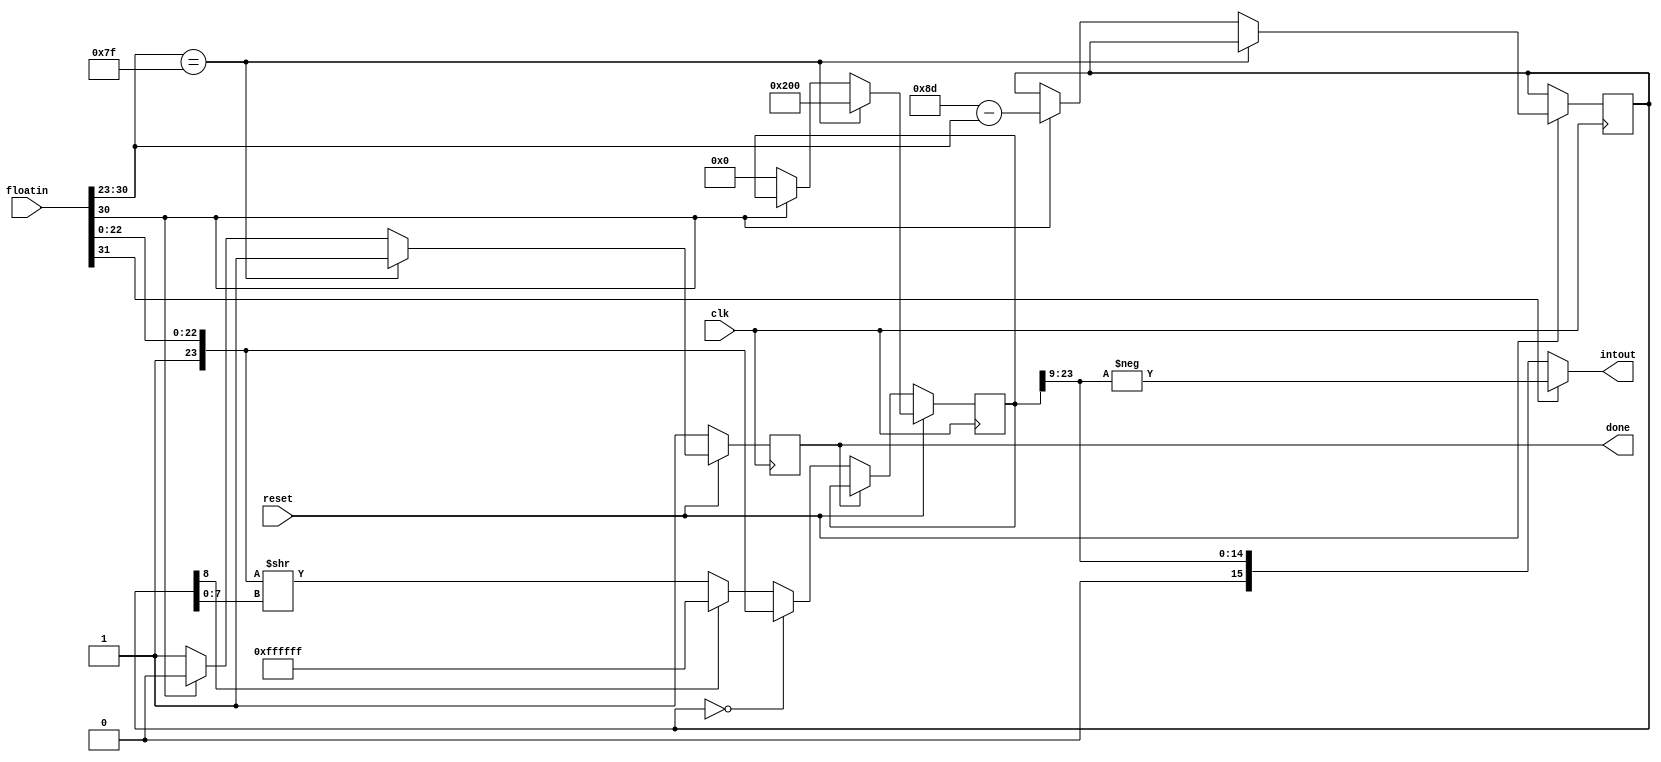
module floattoint (
    clk,
    reset,
    floatin,
    intout,
    done
);

input clk;
input reset;
input [31:0] floatin;
output signed [15:0] intout;
output done;

wire sign = floatin[31];
wire [7:0] exp = floatin[30:23];
wire [23:0] mant = {1'b1, floatin[22:0]};

reg [23:0] mant_res;
wire signed [15:0] resultu = {1'b0, mant_res[23:9]};
assign intout = (sign == 1) ? -resultu : resultu;

reg signed [8:0] shiftby;

reg finished;

assign done = finished;

always @(posedge clk) begin
    if (reset == 1) begin
        if (exp == 8'h7f) begin // (exp == 127)
            mant_res <= {15'b1, 9'b0}; // truncate to 1
            finished <= 1'b1;
        end else if (exp[7] == 1'b0) begin // (exp <= 127)
            mant_res <= 23'h0; //truncate to 0
            finished <= 1'b1;
        // (exp <= 142)
        end else begin
            shiftby <= 9'd141 - exp;
            finished <= 1'b0;
        end
    end else if (finished == 0) begin
        if (shiftby == 0) begin
            mant_res <= mant;
        end else if (shiftby[8] == 0) begin
            mant_res <= mant >> shiftby[7:0];
        end else begin
            mant_res <= {24 {1'b1}};
        end
        finished <= 1'b1;
    end
end

endmodule